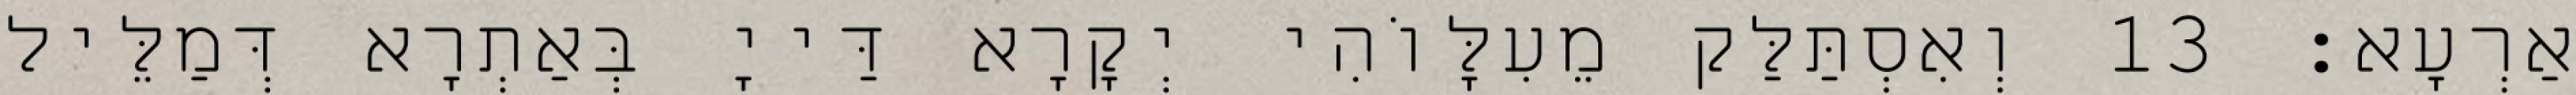
אַרְעָא׃ 13 וְאִסְתַּלַּק מֵעִלָּוֹהִי יְקָרָא דַּייָ בְּאַתְרָא דְּמַלֵּיל